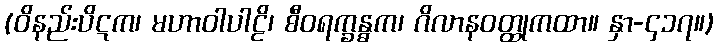
(ဝိနည်းပိဋက၊ မဟာဝါပါဠိ၊ စီဝရက္ခန္ဓက၊ ဂိလာနဝတ္ထုကထာ။ နှာ-၄၁၇။)